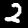
Label: 2